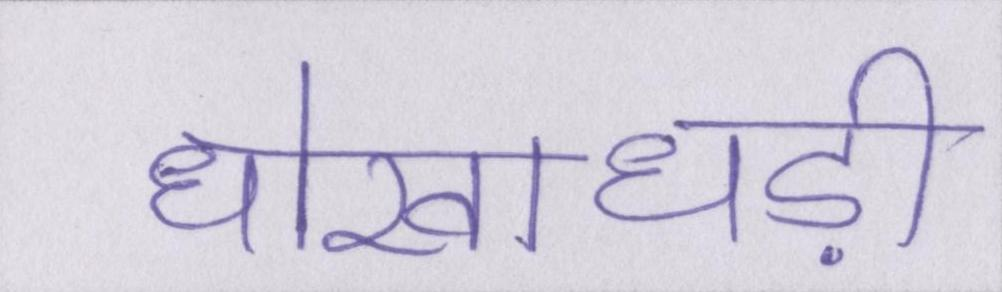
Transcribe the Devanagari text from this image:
धोखाधड़ी